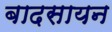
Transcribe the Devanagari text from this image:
बादसायन